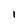
Character: I